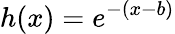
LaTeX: h(x)=e^{-(x-b)}